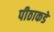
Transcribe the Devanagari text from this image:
पीठाकडे